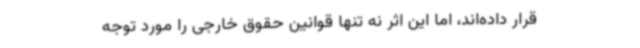
قرار داده‌اند، اما این اثر نه تنها قوانین حقوق خارجی را مورد توجه